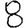
Digit: 8